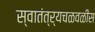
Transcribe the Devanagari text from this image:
स्वातंत्र्यचळवळीस